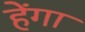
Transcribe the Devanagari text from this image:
हेंगा